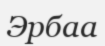
Эрбаа